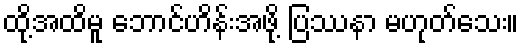
ထို့အထိမူ ဘောင်ဟိန်းအဖို့ ပြဿနာ မဟုတ်သေး။